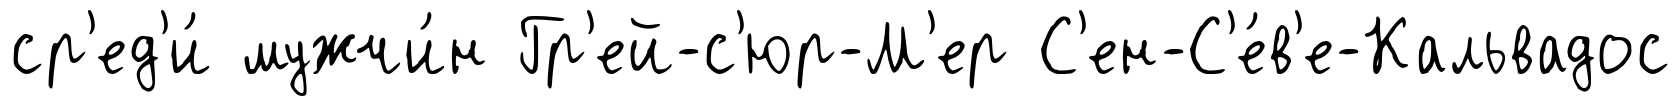
ср'ед'и́ мужчи́н Гр'ей-с'юр-М'ер С'ен-С'е́в'е-Кальвадос